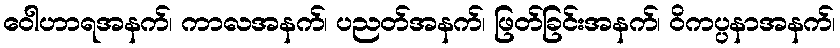
ဝေါဟာရအနက်၊ ကာလအနက်၊ ပညတ်အနက်၊ ဖြတ်ခြင်းအနက်၊ ဝိကပ္ပနာအနက်၊